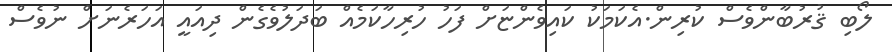
ލޯބި ޤުރުބާންވެސް ކުރިން.އެކަމަކު ކައިވެންޏަށް ފަހު ހުރިހާކަމެއް ބަދަލުވެގެން ދިއައީ އަހަރެނަށް ނުވެސް